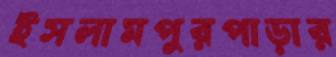
ইসলামপুরপাড়ার